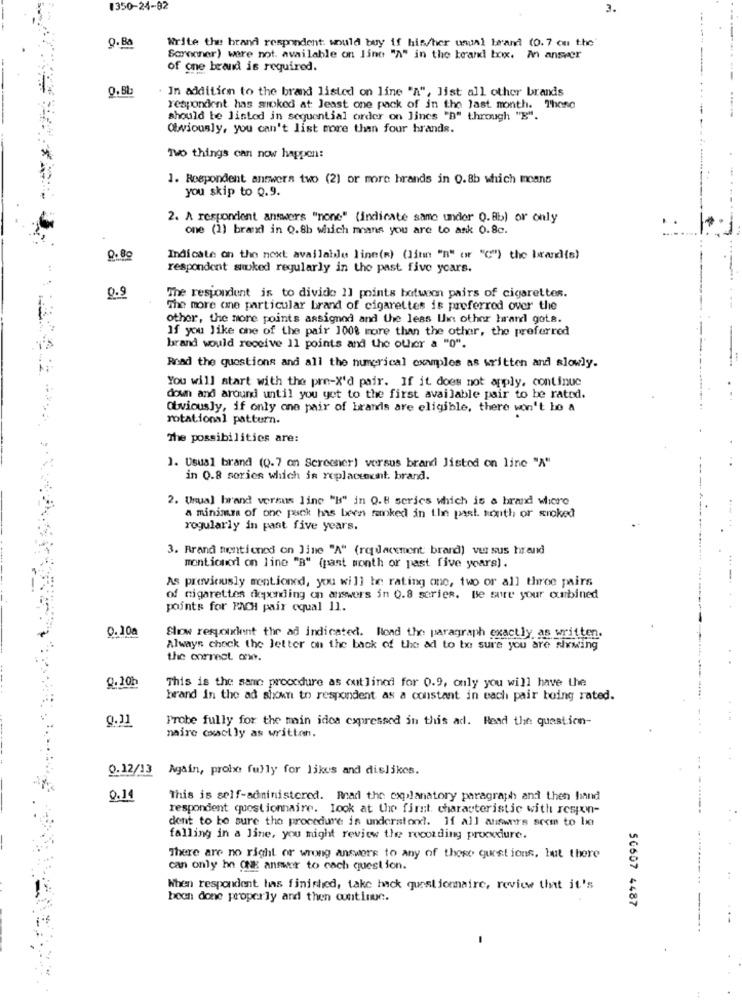
1350-24-82
3.
Write the brand respondent would buy if his/her usual brand (0. 7 on the
9.Ba
Sorooner) were not. available on line "A" in the beard box. An answer
of one brand is required.
0.5L
. In addition to the brand listed on line "A", list all other brands
respondent has smoked at: Jeast one pack of in the last month. Thong
should be listed in sequential order on lines "B" through "B".
Obviously, you can't list more than four brands.
Two things can now happen:
1. Respondent answers two (2) or more hrands in 0.8b which means
you skip to Q.9.
2. A respondent answers "none" (indicate samo under 0.8b) or only
one (1) brand in 0.8h which mans you are to ask 0.8c.
0.8g
Indicate on the next available line(R) (litin "B" or "C"') the band(s)
respondent aked regularly in the past five years.
0.9
The respondent is to divide 11 points between pairs of cigarettes.
The more one particular brand of cigarettes is preferred over the
other, the more points assigned and the less Ihin: other harand gots.
If you like one of the pair 1008 more than the other, the preferred
brand would receive 11 points and the other a "0".
Road the questions and all the numerical examples as written and slowly.
You will start with the pre-X'd pair. If it does not apply, continue
down and around until you get to the first available pair to be ratod.
Obviously, if only one pair of brands are eligible, there won't ho a
rotational pattern.
The possibilities are:
1. Usual brand (0.7 on Screener) versus brand Jistod on line "A"
in 0.8 sories which is replaccount. brand.
---
2. Usual brand versus line "B" in Q.B series which is a brand where
a minimum of one pack has been mainked in iin past month or smoked
regularly in past five years.
3. Brand mentioned on line "A" (redlacement: brand) vur sus hrand
mentionedl on line "B" (past month or past five years).
As previously mentioned, you will be rating one, two or all three pairs
of cigarettes depending on answers in 0.8 series. Be sure your ourbined
points for PACH pair oqual 11.
--------
0.10a
Show respondent the ad indicated. Road the paragraph exactly as written.
Always chock the letter on the back of the ad to be sure you are sixwing
the correct one.
0.10h
This is the same procedure as outlined for 0.9, only you will have the
---
brand in the ad shown to respondent as a constant in each pair being rated.
0.11
Probe fully for the main idea expressed in this ad. Read the question-
....
naire exactly as written.
0.12/13 Again, probe fully for likes and dislikes.
0.14
This is self-administered. Read the explanatory paragraph and then hand
respondent questionnaire. Look at the first. characteristic with respon-
dent to be sure the procedure is understood. If all answers seem to be
falling in a Jine, you might review the recording proxxdiure.
There are no right or wrong answere to any of these questions, but there
can only hn ONE answer to cach question.
When respondent has finished, take hack questionnaire, review that it's
been done properly and then continue.
50607 4487